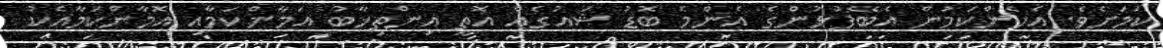
ކަމަށެވެ. އެހެންކަމުން އެބޭފުޅުންގެ އެންމެ ބޮޑު ޝައުގެއް އޮތީ އިންތިޚާބު އަމާންކަމާއި އޮމާންކަމާއެކު